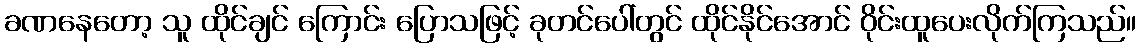
ခဏနေတော့ သူ ထိုင်ချင် ကြောင်း ပြောသဖြင့် ခုတင်ပေါ်တွင် ထိုင်နိုင်အောင် ဝိုင်းထူပေးလိုက်ကြသည်။